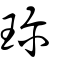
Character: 珎